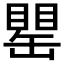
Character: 𦉍